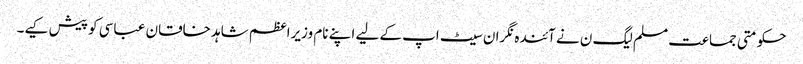
حکومتی جماعت مسلم لیگ ن نے آئندہ نگران سیٹ اپ کے لیے اپنے نام وزیراعظم شاہد خاقان عباسی کو پیش کیے۔